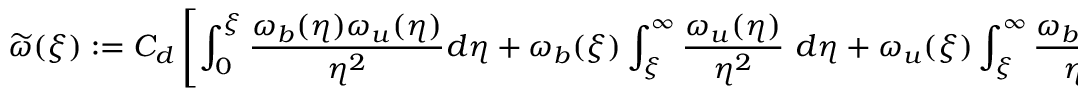
\widetilde \omega ( \xi ) : = C _ { d } \left[ \int _ { 0 } ^ { \xi } \frac { \omega _ { b } ( \eta ) \omega _ { u } ( \eta ) } { \eta ^ { 2 } } d \eta + \omega _ { b } ( \xi ) \int _ { \xi } ^ { \infty } \frac { \omega _ { u } ( \eta ) } { \eta ^ { 2 } } \ d \eta + \omega _ { u } ( \xi ) \int _ { \xi } ^ { \infty } \frac { \omega _ { b } ( \eta ) } { \eta ^ { 2 } } \ d \eta \right] ,